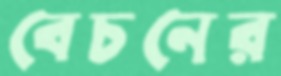
বেচনের